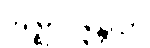
အဇ္ဈာပဇ္ဇန္တိယာ